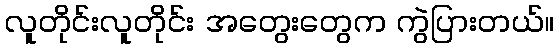
လူတိုင်းလူတိုင်း အတွေးတွေက ကွဲပြားတယ်။